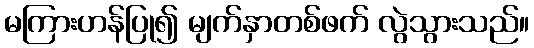
မကြားဟန်ပြု၍ မျက်နှာတစ်ဖက် လွဲသွားသည်။